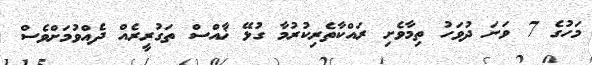
މަހުގެ 7 ވަނަ ދުވަހު ތިމާވެށި ރައްކާތެރިކުރުމާ ގުޅޭ ޚާއްސް ތަގުރީރެއް ދެއްވުމަށްވެސް